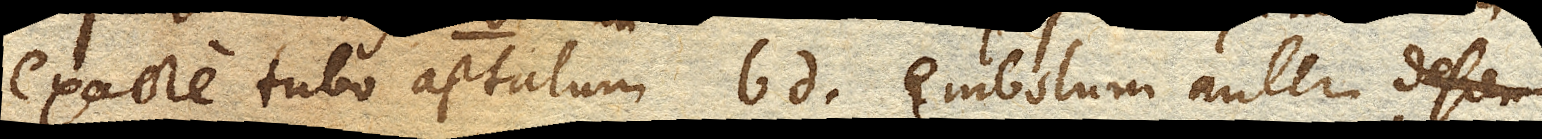
exacte tubo aptatum bd. embolum autem